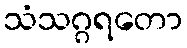
သံသဂ္ဂရတော